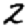
Digit: 2